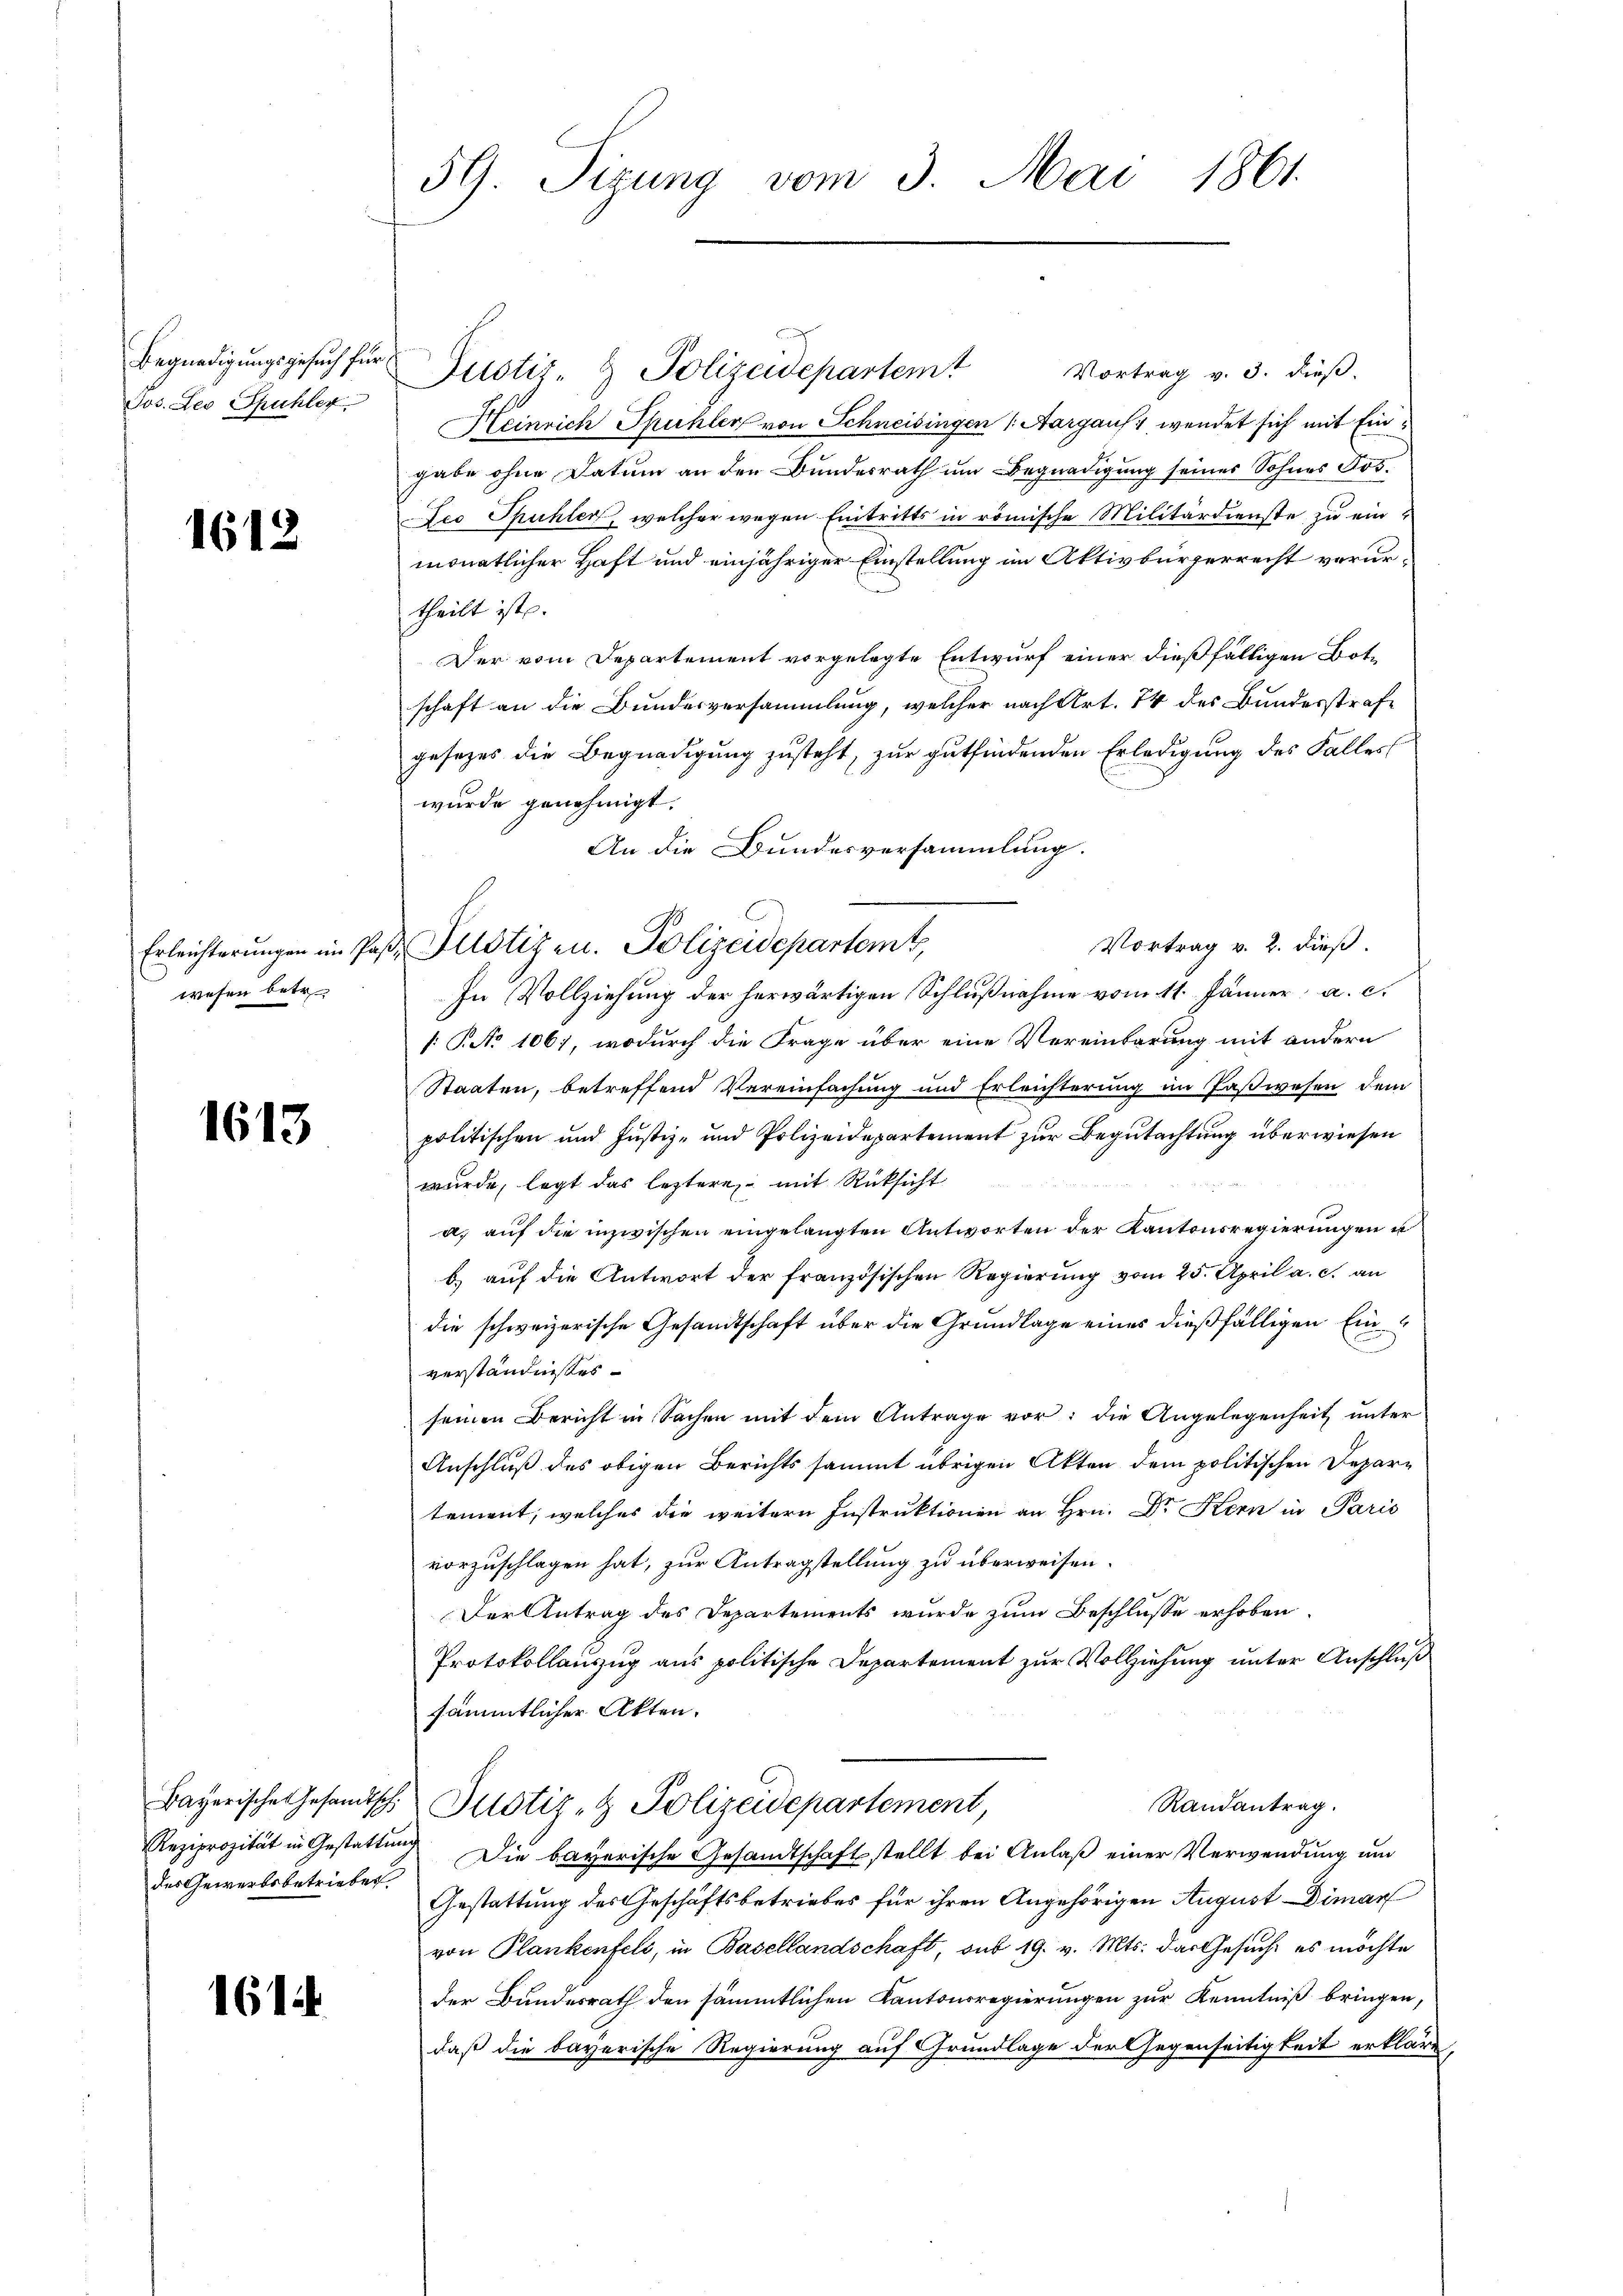
Begnadigungsgesuch für
Jos. Les Spuhler.

1612

wesen betr.

1613

des Gewerbsbetriebes

161

59. Sizung vom 3. Mai 1861.

Vortrag v. 3. dieß.
Justiz- & Polizeidepartemt
Heinrich Spuhler von Schneisingen (Aargaus, wendet sich mit Eingabe ohne Datum an den Bundesrath um Begnadigung seines Sohnes Kos¬
Leo Spühler, welcher wegen Eintritts in römische Militärdienste zu einmonatlicher Haft und einjähriger Einstellung im Aktivbürgerrecht verurtheilt ist.
Der vom Departement vorgelegte Entwurf einer dießfälligen Botschaft an die Bundesversammlung, welcher nach Art. 74 des Bundesstrafe
gesezes die Begnadigung zusteht, zur gutfindenden Erledigung des Falles
wurde genehmigt.
An die Bundesversammlung.
Vortrag v. 2. dieß.
In Vollziehung der herwärtigen Schlußnahme vom 11. Jänner, a. c.
[: P. No 1061, wodurch die Frage über eine Vereinbarung mit andern
Staaten, betreffend Vereinfachung und Erleichterung im Paßwesen dem
politischen und Justiz- und Polizeidepartement zur Begutachtung überwiesen
wurde, legt das leztere mit Rücksicht
a) auf die inzwischen eingelangten Antworten der Kantonsregierungen u
b.) auf die Antwort der französischen Regierung vom 25. April a. c. an
die schweizerische Gesandtschaft über die Grundlage eines dießfälligen Einverständnisses
seinen Bericht in Sachen mit dem Antrage vor; die Angelegenheit unter
Anschluß des obigen Berichts sammt übrigen Akten dem politischen Departement, welches die weitern Instruktionen an Hrn. Dr Kern in Paris
vorzuschlagen hat, zur Antragstellung zu überweisen.
Der Antrag des Departements wurde zum Beschlusse erhoben.
Protokollanzug aus politische Departement zur Vollziehung unter Anschluß
sämmtlicher Akten.
Bayerische Gesandtsche Justiz- & Polizeidepartement,
Randantrag.
Reziprozität in Gestattung. Die bayerische Gesandtschaftstellt bei Anlaß einer Verwendung um
Gestattung des Geschäftsbetriebes für ihren Angehörigen August Dimar
von Plankenfeld, in Basellandschaft, sub 19. v. Mts. das Gesuch, es möchte
der Bundesrath den sämmtlichen Kantonsregierungen zur Kenntniß bringen,
daß die bayerische Regierung auf Grundlage der Gegenseitigkeit erkläre,

Erleichterungen im Pos- Plotizen. Polizeidepartemt,